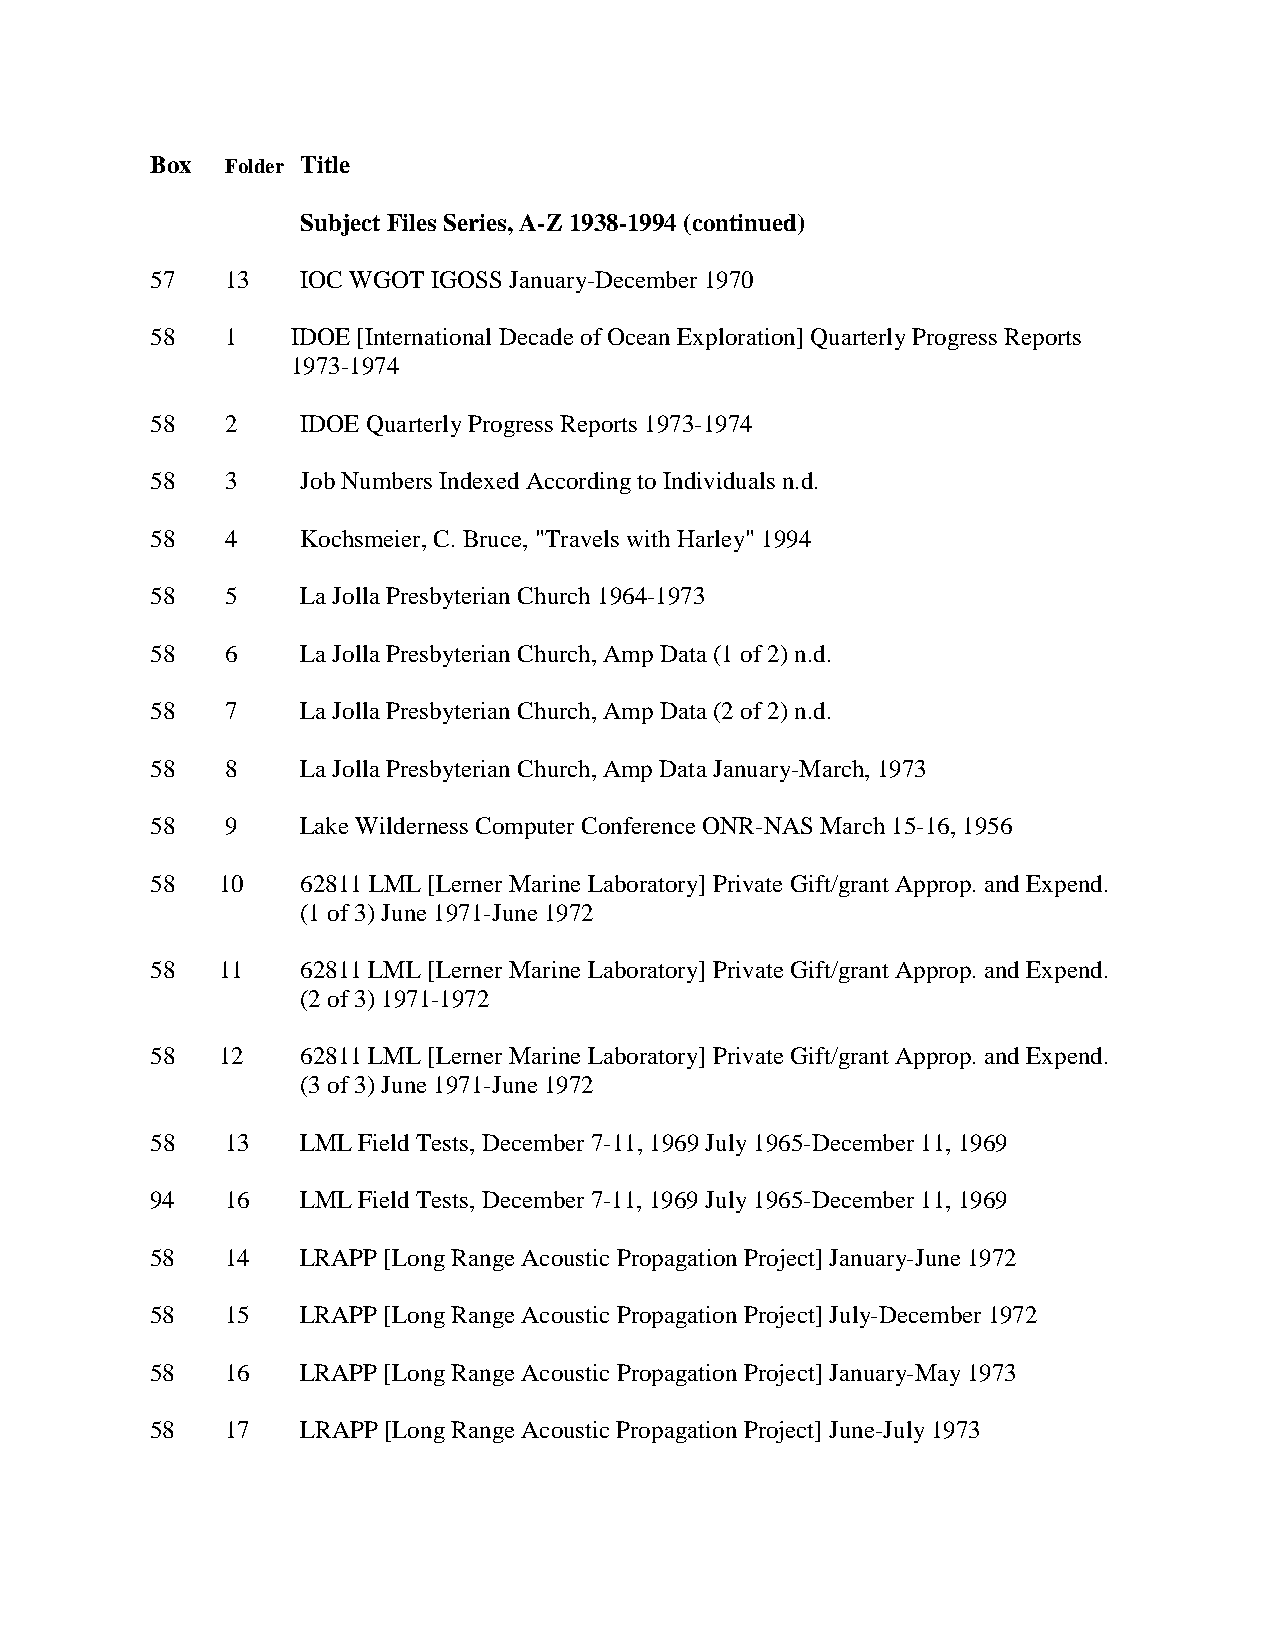
Box  Folder Title
 Subject Files Series, A-Z 1938-1994 (continued)
 57   13   IOC WGOT IGOSS January-December 1970
 58   1   IDOE [International Decade of Ocean Exploration] Quarterly Progress Reports
 1973-1974
 58   2    IDOE Quarterly Progress Reports 1973-1974
 58   3    Job Numbers Indexed According to Individuals n.d.
 58   4    Kochsmeier, C. Bruce, "Travels with Harley" 1994
 58   5    La Jolla Presbyterian Church 1964-1973
 58   6    La Jolla Presbyterian Church, Amp Data (1 of 2) n.d.
 58   7    La Jolla Presbyterian Church, Amp Data (2 of 2) n.d.
 58   8    La Jolla Presbyterian Church, Amp Data January-March, 1973
 58   9    Lake Wilderness Computer Conference ONR-NAS March 15-16, 1956
 58  10    62811 LML [Lerner Marine Laboratory] Private Gift/grant Approp. and Expend.
 (1 of 3) June 1971-June 1972
 58  11    62811 LML [Lerner Marine Laboratory] Private Gift/grant Approp. and Expend.
 (2 of 3) 1971-1972
 58  12    62811 LML [Lerner Marine Laboratory] Private Gift/grant Approp. and Expend.
 (3 of 3) June 1971-June 1972
 58   13   LML Field Tests, December 7-11, 1969 July 1965-December 11, 1969
 94   16   LML Field Tests, December 7-11, 1969 July 1965-December 11, 1969
 58   14   LRAPP [Long Range Acoustic Propagation Project] January-June 1972
 58   15   LRAPP [Long Range Acoustic Propagation Project] July-December 1972
 58   16   LRAPP [Long Range Acoustic Propagation Project] January-May 1973
 58   17   LRAPP [Long Range Acoustic Propagation Project] June-July 1973